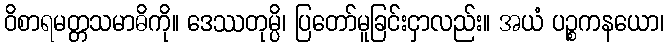
ဝိစာရမတ္တသမာဓိကို။ ဒေဿတုမ္ပိ၊ ပြတော်မူခြင်းငှာလည်း။ အယံ ပဉ္စကနယော၊